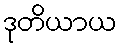
ဒုတိယာယ